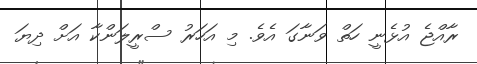
ރާއްޖެ އުޅެނީ ހަތް ވަނާގަ އެވެ. މި އަހަރު ސްރީލަންކާ އަށް ދިޔަ